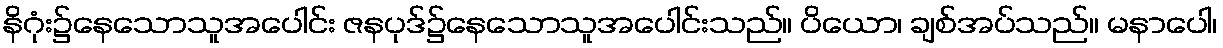
နိဂုံး၌နေသောသူအပေါင်း ဇနပုဒ်၌နေသောသူအပေါင်းသည်။ ပိယော၊ ချစ်အပ်သည်။ မနာပေါ၊